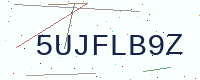
Text: 5UJFLB9Z